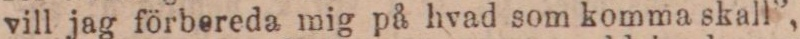
vill jag förbereda mig på hvad som komma skall”,